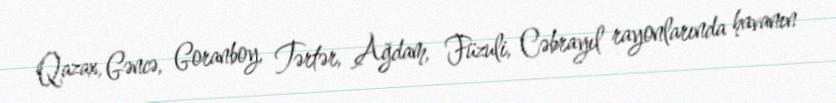
Qazax, Gəncə, Goranboy, Tərtər, Ağdam, Füzuli, Cəbrayıl rayonlarında havanın